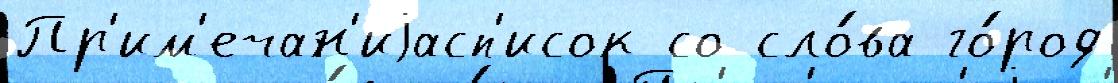
Пр'им'ечан'иjасп'исок со сло́ва го́род